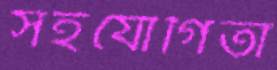
সহযোগিতা